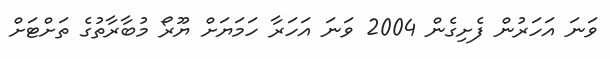
ވަނަ އަހަރުން ފެށިގެން 2004 ވަނަ އަހަރާ ހަމަޔަށް ޔޫރޯ މުބާރާތުގެ ތަށްޓަށް